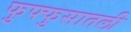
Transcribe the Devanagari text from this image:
फुफ्फुसातली